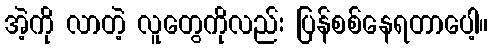
အဲ့ကို လာတဲ့ လူတွေကိုလည်း ပြန်စစ်နေရတာပေါ့။